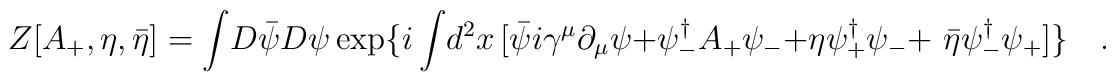
Z[A_{+},\eta, {\bar \eta} ] = \int \! D \bar{\psi} D \psi \exp\{i\int \! d^2x \,[\bar{\psi} i \gamma^{\mu} \partial_{\mu} \psi + \psi^{\dagger}_-A_{+}\psi_- + \eta \psi^{\dagger}_{+}\psi_{-} + {\ \bar \eta}\psi^{\dagger}_{-} \psi_{+}] \} \quad.